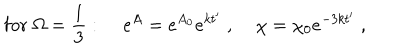
\mathrm { f o r } \; \Omega = \frac { 1 } { 3 } : \; e ^ { A } = e ^ { A _ { 0 } } e ^ { k t ^ { \prime } } \; , \; \chi = \chi _ { 0 } e ^ { - 3 k t ^ { \prime } } \; ,